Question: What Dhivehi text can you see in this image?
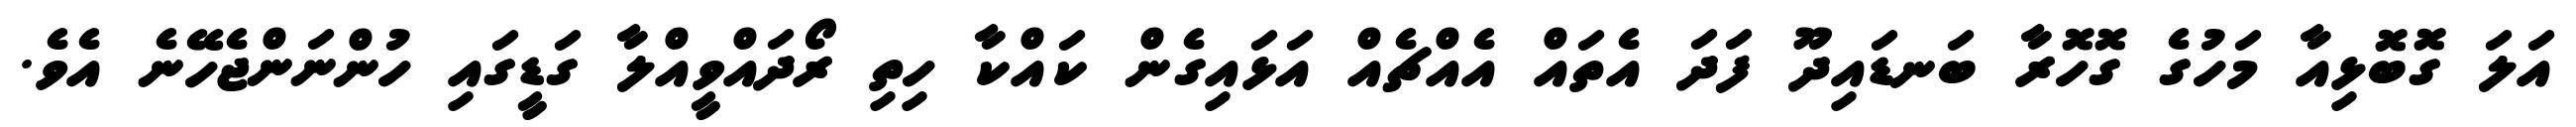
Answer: އަލަ ގޮބޮޅިއާ މަހުގެ ގޮހޮރާ ބަނޑައިދޫ ފަދަ އެތައް އެއްޗެއް އަޅައިގެން ކައްކާ ހިތި ރޯދައްވީއްލާ ގަޑީގައި ހުންނަންޖެހޭނެ އެވެ.